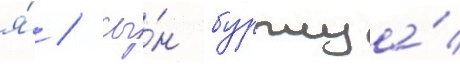
я́ / сы́н буржуа́